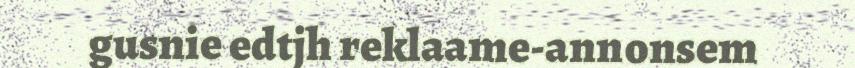
gusnie edtjh reklaame-annonsem